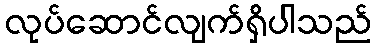
လုပ်ဆောင်လျက်ရှိပါသည်